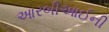
આરબીઆઈની